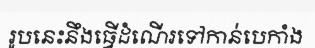
រូបនេះនឹងធ្វើដំណើរទៅកាន់បេកាំង